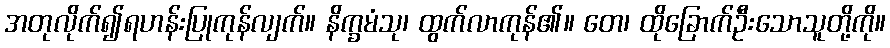
အတုလိုက်၍ရဟန်းပြုကုန်လျက်။ နိက္ခမံသု၊ ထွက်လာကုန်၏။ တေ၊ ထိုခြောက်ဦးသောသူတို့ကို။